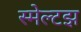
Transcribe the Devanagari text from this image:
स्मेल्टझ